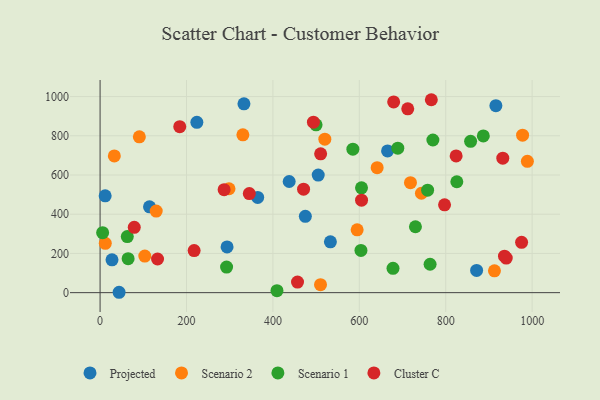
{"axis": {"x": "Price", "y": "Sales"}, "legend": ["Cluster C", "Projected", "Scenario 1", "Scenario 2"], "data": [{"x": "27.6", "y": 167.3, "type": "Projected"}, {"x": "665.4", "y": 722.7, "type": "Projected"}, {"x": "114.4", "y": 437.9, "type": "Projected"}, {"x": "11.8", "y": 493.7, "type": "Projected"}, {"x": "364.8", "y": 485.4, "type": "Projected"}, {"x": "916.1", "y": 953.8, "type": "Projected"}, {"x": "293.9", "y": 233.0, "type": "Projected"}, {"x": "333.0", "y": 963.0, "type": "Projected"}, {"x": "437.7", "y": 566.9, "type": "Projected"}, {"x": "475.1", "y": 389.4, "type": "Projected"}, {"x": "533.1", "y": 259.0, "type": "Projected"}, {"x": "871.5", "y": 113.3, "type": "Projected"}, {"x": "504.9", "y": 599.4, "type": "Projected"}, {"x": "224.0", "y": 868.4, "type": "Projected"}, {"x": "44.0", "y": 1.9, "type": "Projected"}, {"x": "298.4", "y": 529.8, "type": "Scenario 2"}, {"x": "989.0", "y": 669.6, "type": "Scenario 2"}, {"x": "129.9", "y": 415.8, "type": "Scenario 2"}, {"x": "12.1", "y": 251.3, "type": "Scenario 2"}, {"x": "33.0", "y": 697.4, "type": "Scenario 2"}, {"x": "641.3", "y": 637.6, "type": "Scenario 2"}, {"x": "90.9", "y": 794.6, "type": "Scenario 2"}, {"x": "510.2", "y": 40.9, "type": "Scenario 2"}, {"x": "330.5", "y": 804.9, "type": "Scenario 2"}, {"x": "718.4", "y": 560.7, "type": "Scenario 2"}, {"x": "520.2", "y": 782.9, "type": "Scenario 2"}, {"x": "103.5", "y": 186.3, "type": "Scenario 2"}, {"x": "595.0", "y": 320.5, "type": "Scenario 2"}, {"x": "912.8", "y": 111.1, "type": "Scenario 2"}, {"x": "977.9", "y": 803.3, "type": "Scenario 2"}, {"x": "743.8", "y": 506.9, "type": "Scenario 2"}, {"x": "678.0", "y": 124.2, "type": "Scenario 1"}, {"x": "585.1", "y": 731.8, "type": "Scenario 1"}, {"x": "603.8", "y": 215.5, "type": "Scenario 1"}, {"x": "605.1", "y": 534.4, "type": "Scenario 1"}, {"x": "63.0", "y": 286.0, "type": "Scenario 1"}, {"x": "763.8", "y": 144.8, "type": "Scenario 1"}, {"x": "758.1", "y": 522.7, "type": "Scenario 1"}, {"x": "689.1", "y": 736.9, "type": "Scenario 1"}, {"x": "729.9", "y": 336.1, "type": "Scenario 1"}, {"x": "887.0", "y": 799.2, "type": "Scenario 1"}, {"x": "499.9", "y": 856.0, "type": "Scenario 1"}, {"x": "292.8", "y": 130.4, "type": "Scenario 1"}, {"x": "857.6", "y": 771.8, "type": "Scenario 1"}, {"x": "409.4", "y": 10.1, "type": "Scenario 1"}, {"x": "770.3", "y": 778.6, "type": "Scenario 1"}, {"x": "64.9", "y": 173.4, "type": "Scenario 1"}, {"x": "825.7", "y": 565.5, "type": "Scenario 1"}, {"x": "5.9", "y": 305.7, "type": "Scenario 1"}, {"x": "712.1", "y": 937.6, "type": "Cluster C"}, {"x": "345.4", "y": 505.3, "type": "Cluster C"}, {"x": "184.4", "y": 846.6, "type": "Cluster C"}, {"x": "79.1", "y": 333.0, "type": "Cluster C"}, {"x": "936.0", "y": 186.2, "type": "Cluster C"}, {"x": "932.1", "y": 685.8, "type": "Cluster C"}, {"x": "766.7", "y": 983.9, "type": "Cluster C"}, {"x": "457.0", "y": 53.8, "type": "Cluster C"}, {"x": "797.3", "y": 447.9, "type": "Cluster C"}, {"x": "679.5", "y": 972.9, "type": "Cluster C"}, {"x": "940.1", "y": 176.3, "type": "Cluster C"}, {"x": "471.0", "y": 527.5, "type": "Cluster C"}, {"x": "510.5", "y": 708.2, "type": "Cluster C"}, {"x": "217.7", "y": 214.5, "type": "Cluster C"}, {"x": "493.8", "y": 869.5, "type": "Cluster C"}, {"x": "133.0", "y": 171.7, "type": "Cluster C"}, {"x": "824.1", "y": 697.2, "type": "Cluster C"}, {"x": "975.6", "y": 256.7, "type": "Cluster C"}, {"x": "605.2", "y": 471.7, "type": "Cluster C"}, {"x": "287.1", "y": 525.4, "type": "Cluster C"}]}